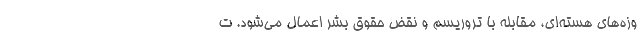
وزه‌های هسته‌ای، مقابله با تروریسم و نقض حقوق بشر اعمال می‌شود. ت